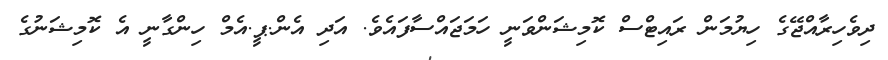
ދިވެހިރާއްޖޭގެ ހިޔުމަން ރައިޓްސް ކޮމިޝަންވަނީ ހަމަޖައްސާފައެވެ. އަދި އެން.ޕީ.އެމް ހިންގާނީ އެ ކޮމިޝަނުގެ